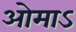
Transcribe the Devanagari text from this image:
ओमाऽ